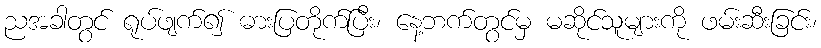
ညအခါတွင် ရုပ်ဖျက်၍ ဓားပြတိုက်ပြီး၊ နေ့ဘက်တွင်မှ မဆိုင်သူများကို ဖမ်းဆီးခြင်း၊